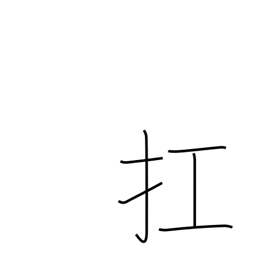
Meaning: raise